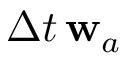
\Delta t { } \, \mathbf { w } _ { a }